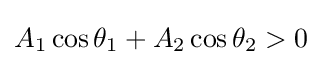
A_{1}\cos \theta _{1}+A_{2}\cos \theta _{2}>0